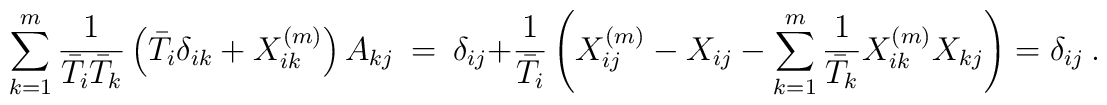
\sum_{k=1}^m {1 \over \bar{T}_i \bar{T}_k} \left( \bar{T}_i \delta_{ik} + X^{(m)}_{ik} \right) A_{kj} \ = \ \delta_{ij}+{1\over{\bar T}_i}\left(X^{(m)}_{ij}-X_{ij}-\sum_{k=1}^m{1\over{\bar T}_k}X^{(m)}_{ik}X_{kj} \right)=\delta_{ij} \ .